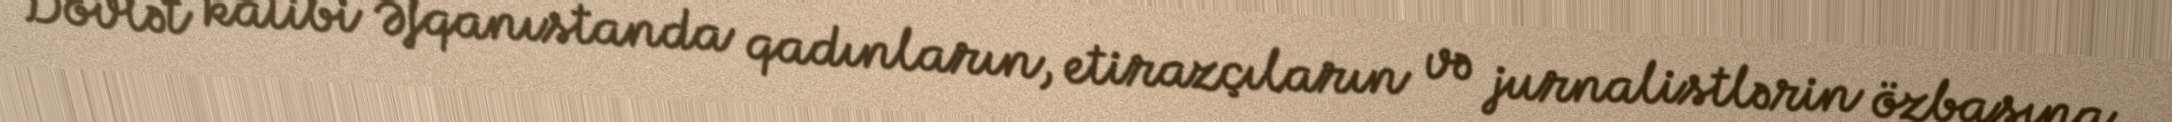
Dövlət katibi Əfqanıstanda qadınların, etirazçıların və jurnalistlərin özbaşına